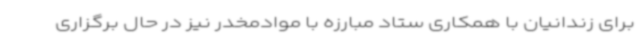
برای زندانیان با همکاری ستاد مبارزه با موادمخدر نیز در حال برگزاری